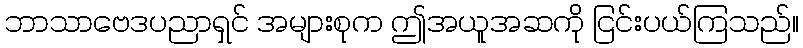
ဘာသာဗေဒပညာရှင် အများစုက ဤအယူအဆကို ငြင်းပယ်ကြသည်။